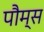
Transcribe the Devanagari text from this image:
पौम्स